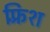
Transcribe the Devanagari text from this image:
फ़्रिश